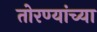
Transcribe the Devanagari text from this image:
तोरण्यांच्या